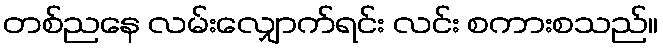
တစ်ညနေ လမ်းလျှောက်ရင်း လင်း စကားစသည်။